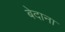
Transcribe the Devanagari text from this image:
बेदाना